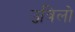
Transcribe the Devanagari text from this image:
उत्रिलो